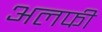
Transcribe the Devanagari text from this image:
अलफी